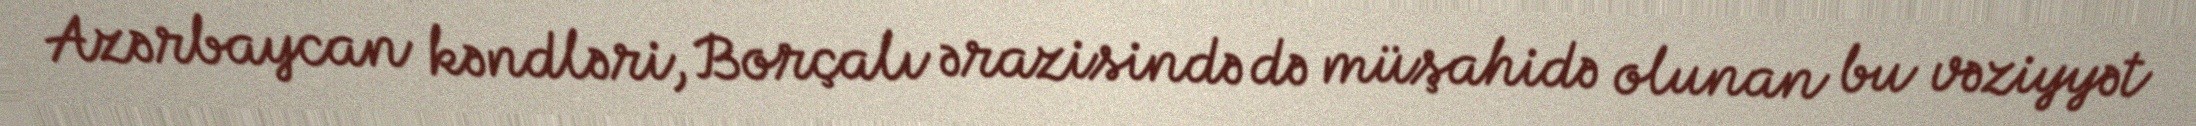
Azərbaycan kəndləri, Borçalı ərazisində də müşahidə olunan bu vəziyyət